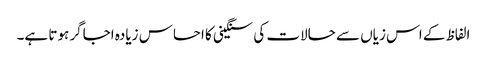
الفاظ کے اس زیاں سے حالات کی سنگینی کا احساس زیادہ اجاگر ہوتا ہے۔